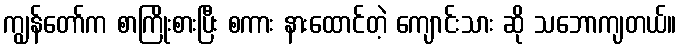
ကျွန်တော်က စာကြိုးစားပြီး စကား နားထောင်တဲ့ ကျောင်းသား ဆို သဘောကျတယ်။